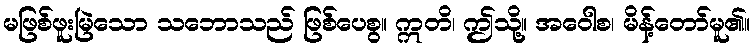
မဖြစ်ဖူးမြဲသော သဘောသည် ဖြစ်ပေစွ။ ဣတိ၊ ဤသို့။ အဝေါစ၊ မိန့်တော်မူ၏။